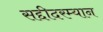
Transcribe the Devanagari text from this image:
सद्दीदरम्यान